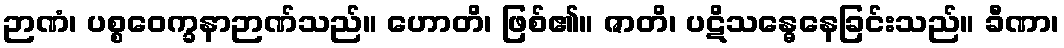
ဉာဏံ၊ ပစ္စဝေက္ခနာဉာဏ်သည်။ ဟောတိ၊ ဖြစ်၏။ ဇာတိ၊ ပဋိသန္ဓေနေခြင်းသည်။ ခီဏာ၊